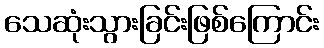
သေဆုံးသွားခြင်းဖြစ်ကြောင်း